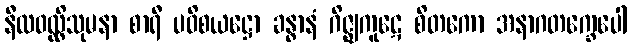
နီလဝလ္လိသုမနာ စာရီ ပဝိစယဋ္ဌော ခန္ဓာနံ ဂိဇ္ဈကူဋေ စိတကော အနာဂတက္ခေပေါ